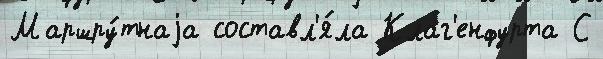
Маршру́тнаjа составл'я́ла Клаг'енфурта С